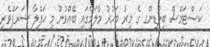
ކަސްޓަމްސް ބިލްޑިންގ ގެ މީރު ބަހުރު މާލަމްގައި ބޭއްވުނު މި ޙަފްލާ ޝަރަފްވެރި